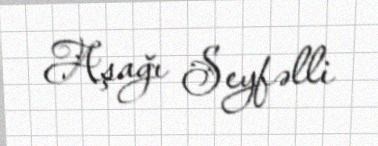
Aşağı Seyfəlli